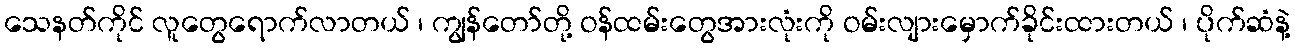
သေနတ်ကိုင် လူတွေရောက်လာတယ် ၊ ကျွန်တော်တို့ ဝန်ထမ်းတွေအားလုံးကို ဝမ်းလျားမှောက်ခိုင်းထားတယ် ၊ ပိုက်ဆံနဲ့